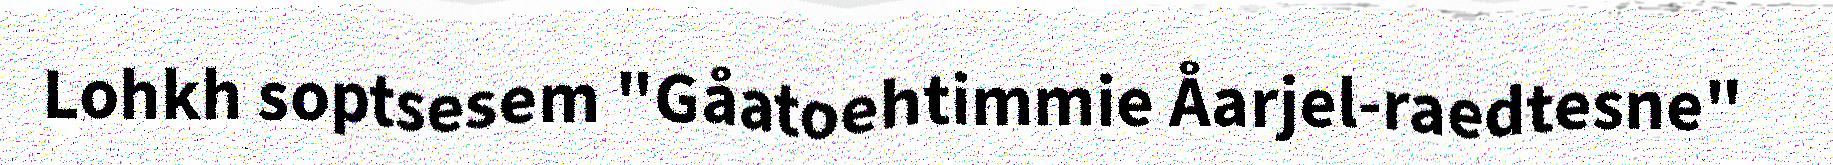
Lohkh soptsesem "Gåatoehtimmie Åarjel-raedtesne"